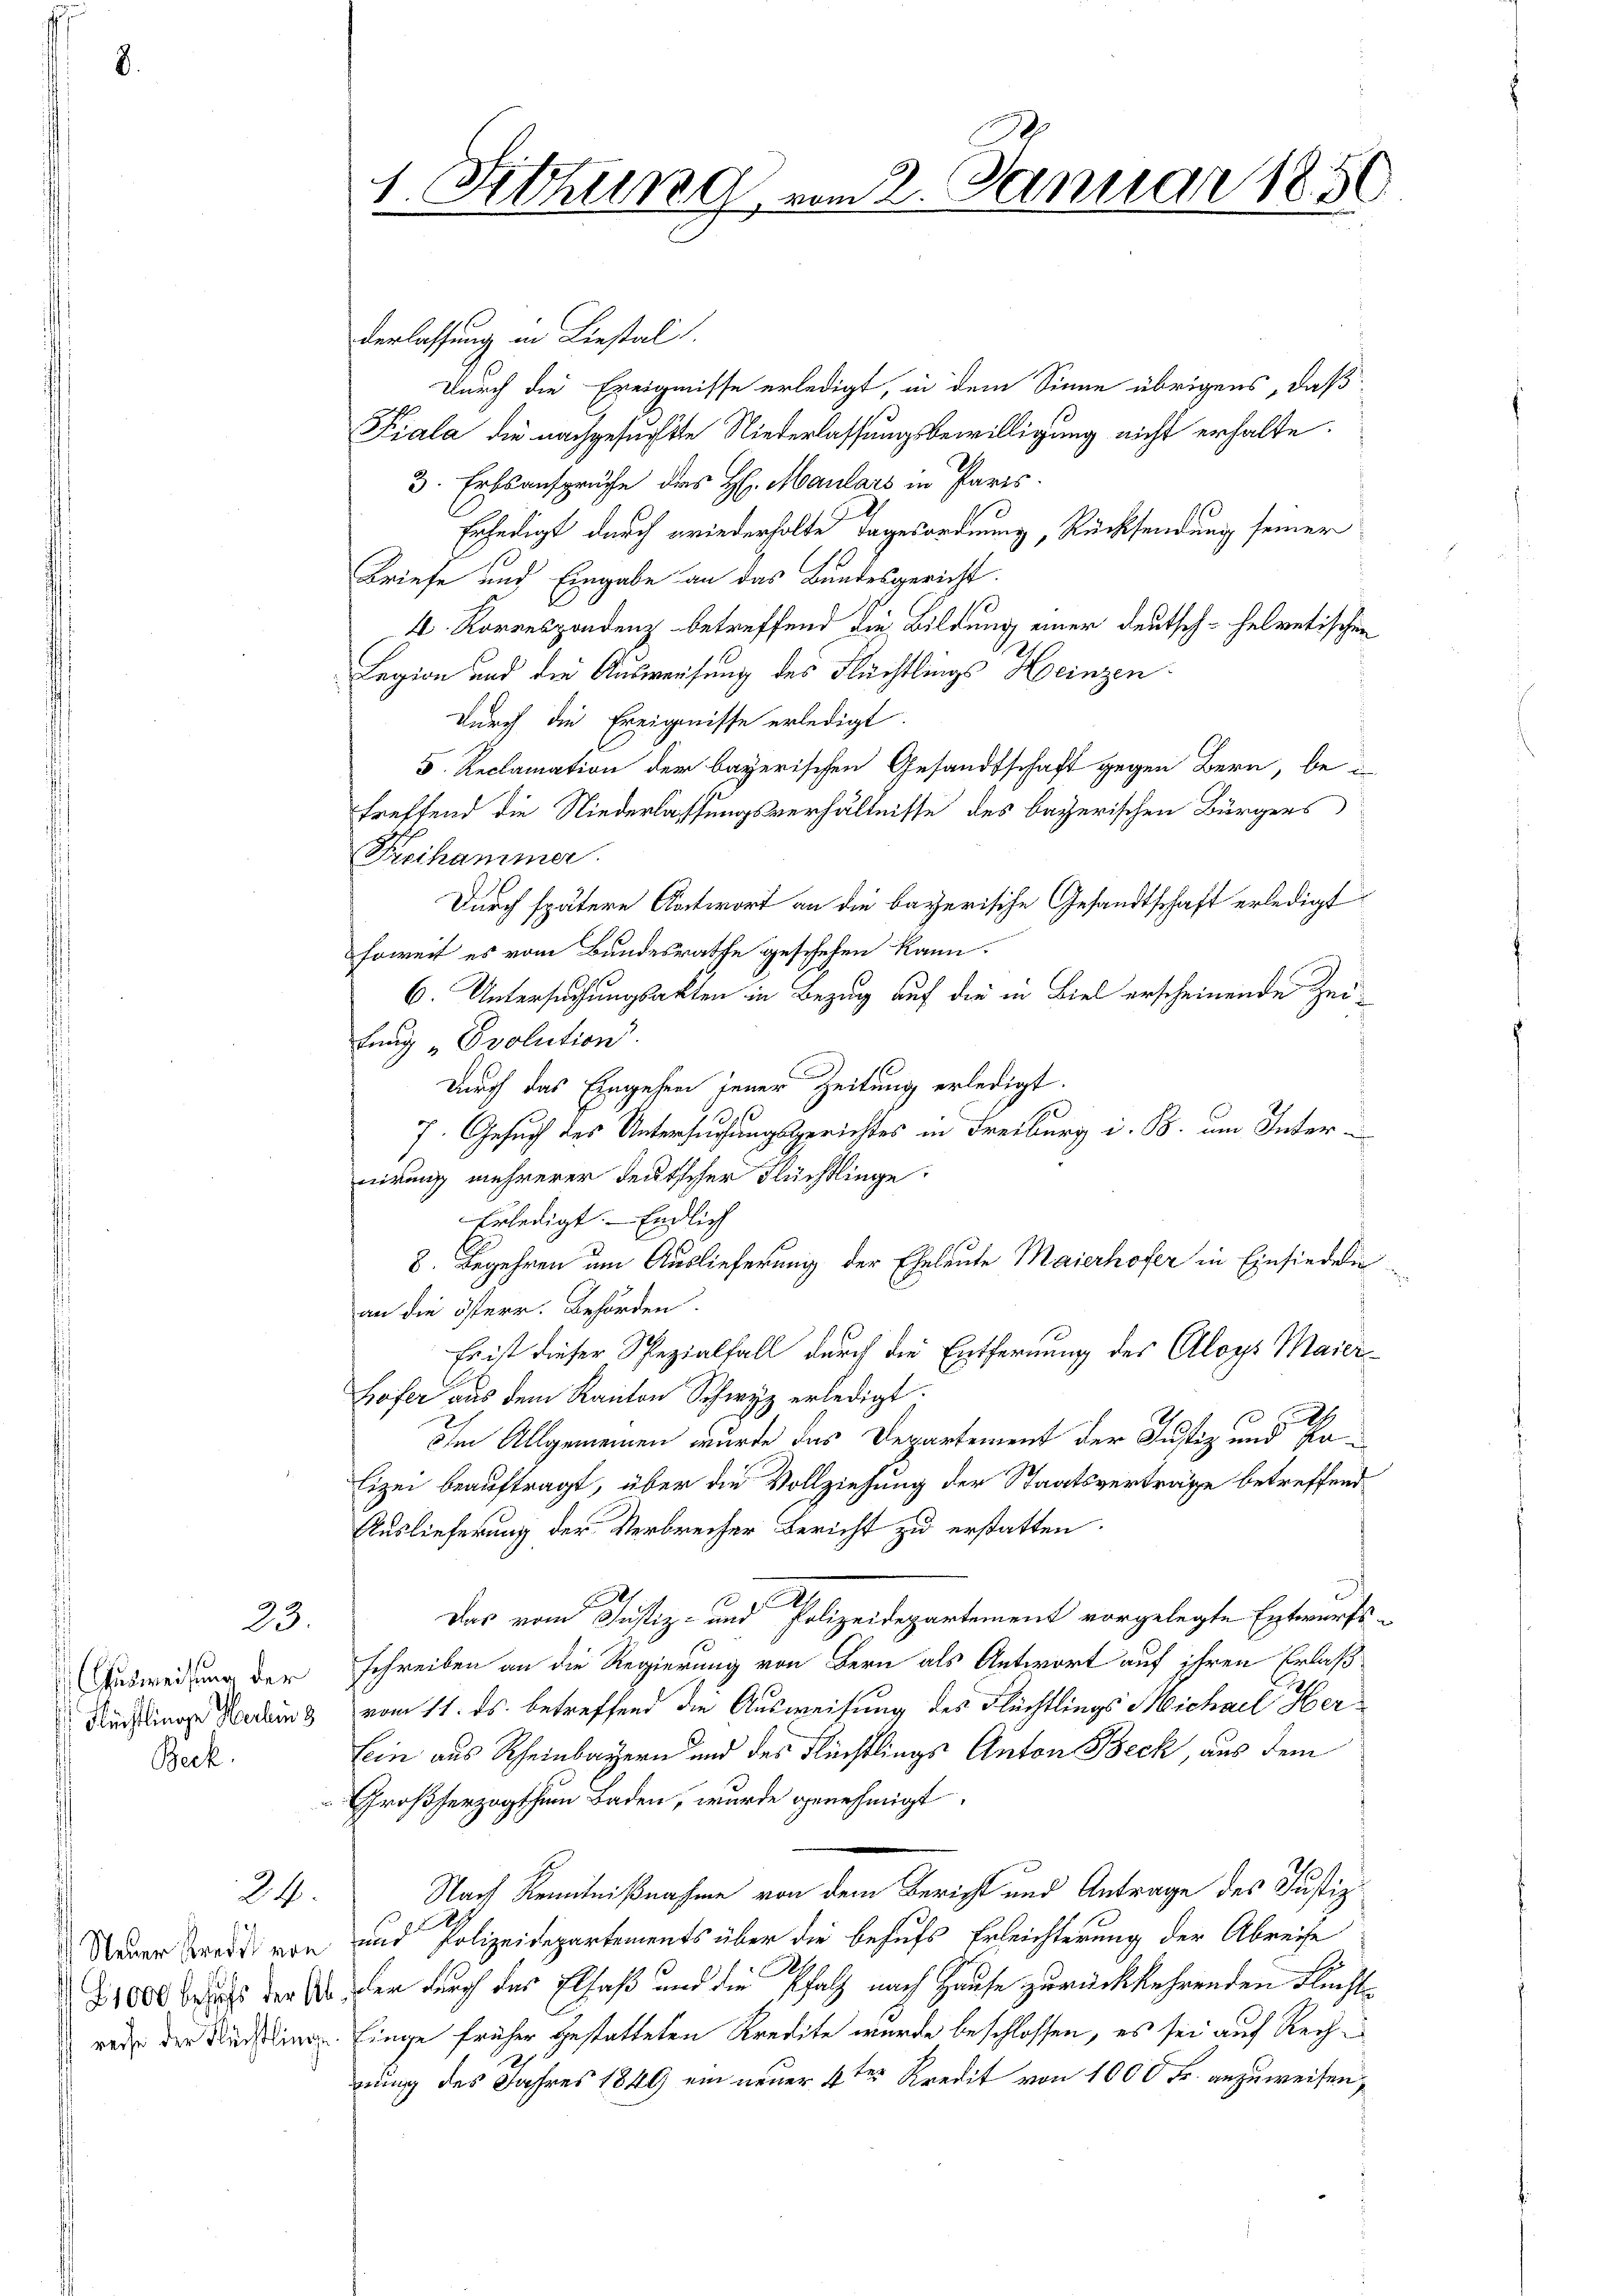
23.

Ausweisung der
Beck.

24.

derlassung in Liestal
Durch die Ereignisse erledigt, in dem Sinne übrigens, daß
Fiala die nachgesuchte Niederlassungsbewilligung nicht erhalte.
3. Erbsanspruche des H. Maulars in Paris.
Erledigt durch wiederholte Tagesordnung, Rücksendung seiner
Briefe und Eingabe an das Bundesgericht.
4. Korrespondenz betreffend die Bildung einer deutsch-helvetischen
Legion und die Ausweisung des Flüchtlings Heinzen.
durch die Ereignisse erledigt.
5. Reclamation der bayerischen Gesandtschaft gegen Bern, be-
treffend die Niederlassungsverhältnisse des bayerischen Bürgers
Freihammer.
Durch spätere Antwort an die bayerische Gesandtschaft erledigt
soweit es vom Bundesrathe geschehen kann.
6. Untersuchungsakten in Bezug auf die in Biel erscheinende Zeifung „Ovolution.
durch das Eingehen jener Zeitung erledigt.
7. Gesuch des Untersuchungsgerichtes in Freiburg i. B. um Internirung mehrerer deutscher Flüchtlinge.
Erledigt. — Endlich
8. Begehren um Auslieferung der Eheleute Maierhofer in Einsiedeln
an die österr. Behörden.
Es ist dieser Spezialfall durch die Entfernung des Aloys Maier¬
Hofer aus dem Kanton Schwyz erledigt.
.
Ihm Allgemeinen wurde das Departement der Justiz und erlizei beauftragt, über die Vollziehung der Staatsverträge betreffend
Auslieferung der Verbrecher Bericht zu erstatten.
.
Das von Justiz- und Polizeidepartement vorgelegte Entwurfs-
schreiben an die Regierung von Bern als Antwort auf ihren Erlaß
Flüchtlinge Beding vom 11. ds. betreffend die Ausweisung des Flüchtlings Michael Her¬
Lein aus Rheinbayern und des Flüchtlings Anton Beck, aus dem
Großherzogthum Baden, wurde genehmigt.
Nach Kenntnißnahme von dem Bericht und Antrage des Justiz
A
Neuer Zeit von und Polizeidepartements über die behufs Erleichterung der Abreise
8,000 Fuss der des der durch des Elsaß und die Pfalz nach Hause zurückkehrenden Fluchtwed der Rechtling. Einge früher gestatteten Kredite wurde beschlossen, es sei auf Rechnung des Jahres 1849 ein neuer 4ten Kredit von 1000 Fr. anzuweisen,

1. Sitzung vom 2. Januar 1850.